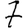
Digit: 7